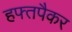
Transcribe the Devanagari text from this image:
हफ्तपैकर